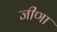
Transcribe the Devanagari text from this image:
जीणा